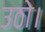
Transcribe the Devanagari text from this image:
उठो।